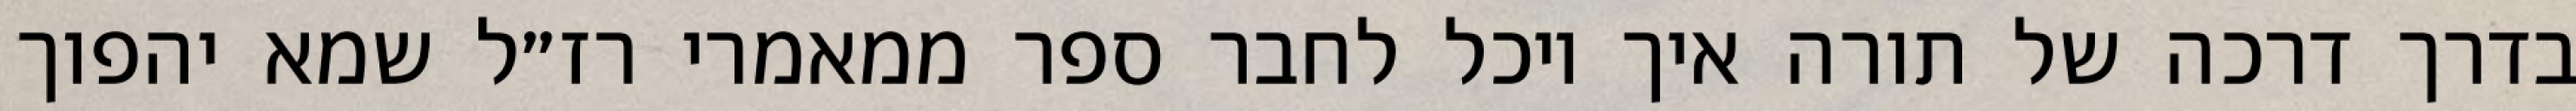
בדרך דרכה של תורה איך יוכל לחבר ספר ממאמרי רז״ל שמא יהפוך